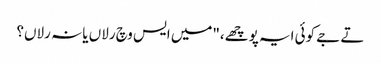
تے جے کوئی ایہ پوچھے،"میں ایس وچ رلاں یا نہ رلاں؟